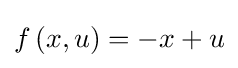
f\left(x,u\right)=-x+u